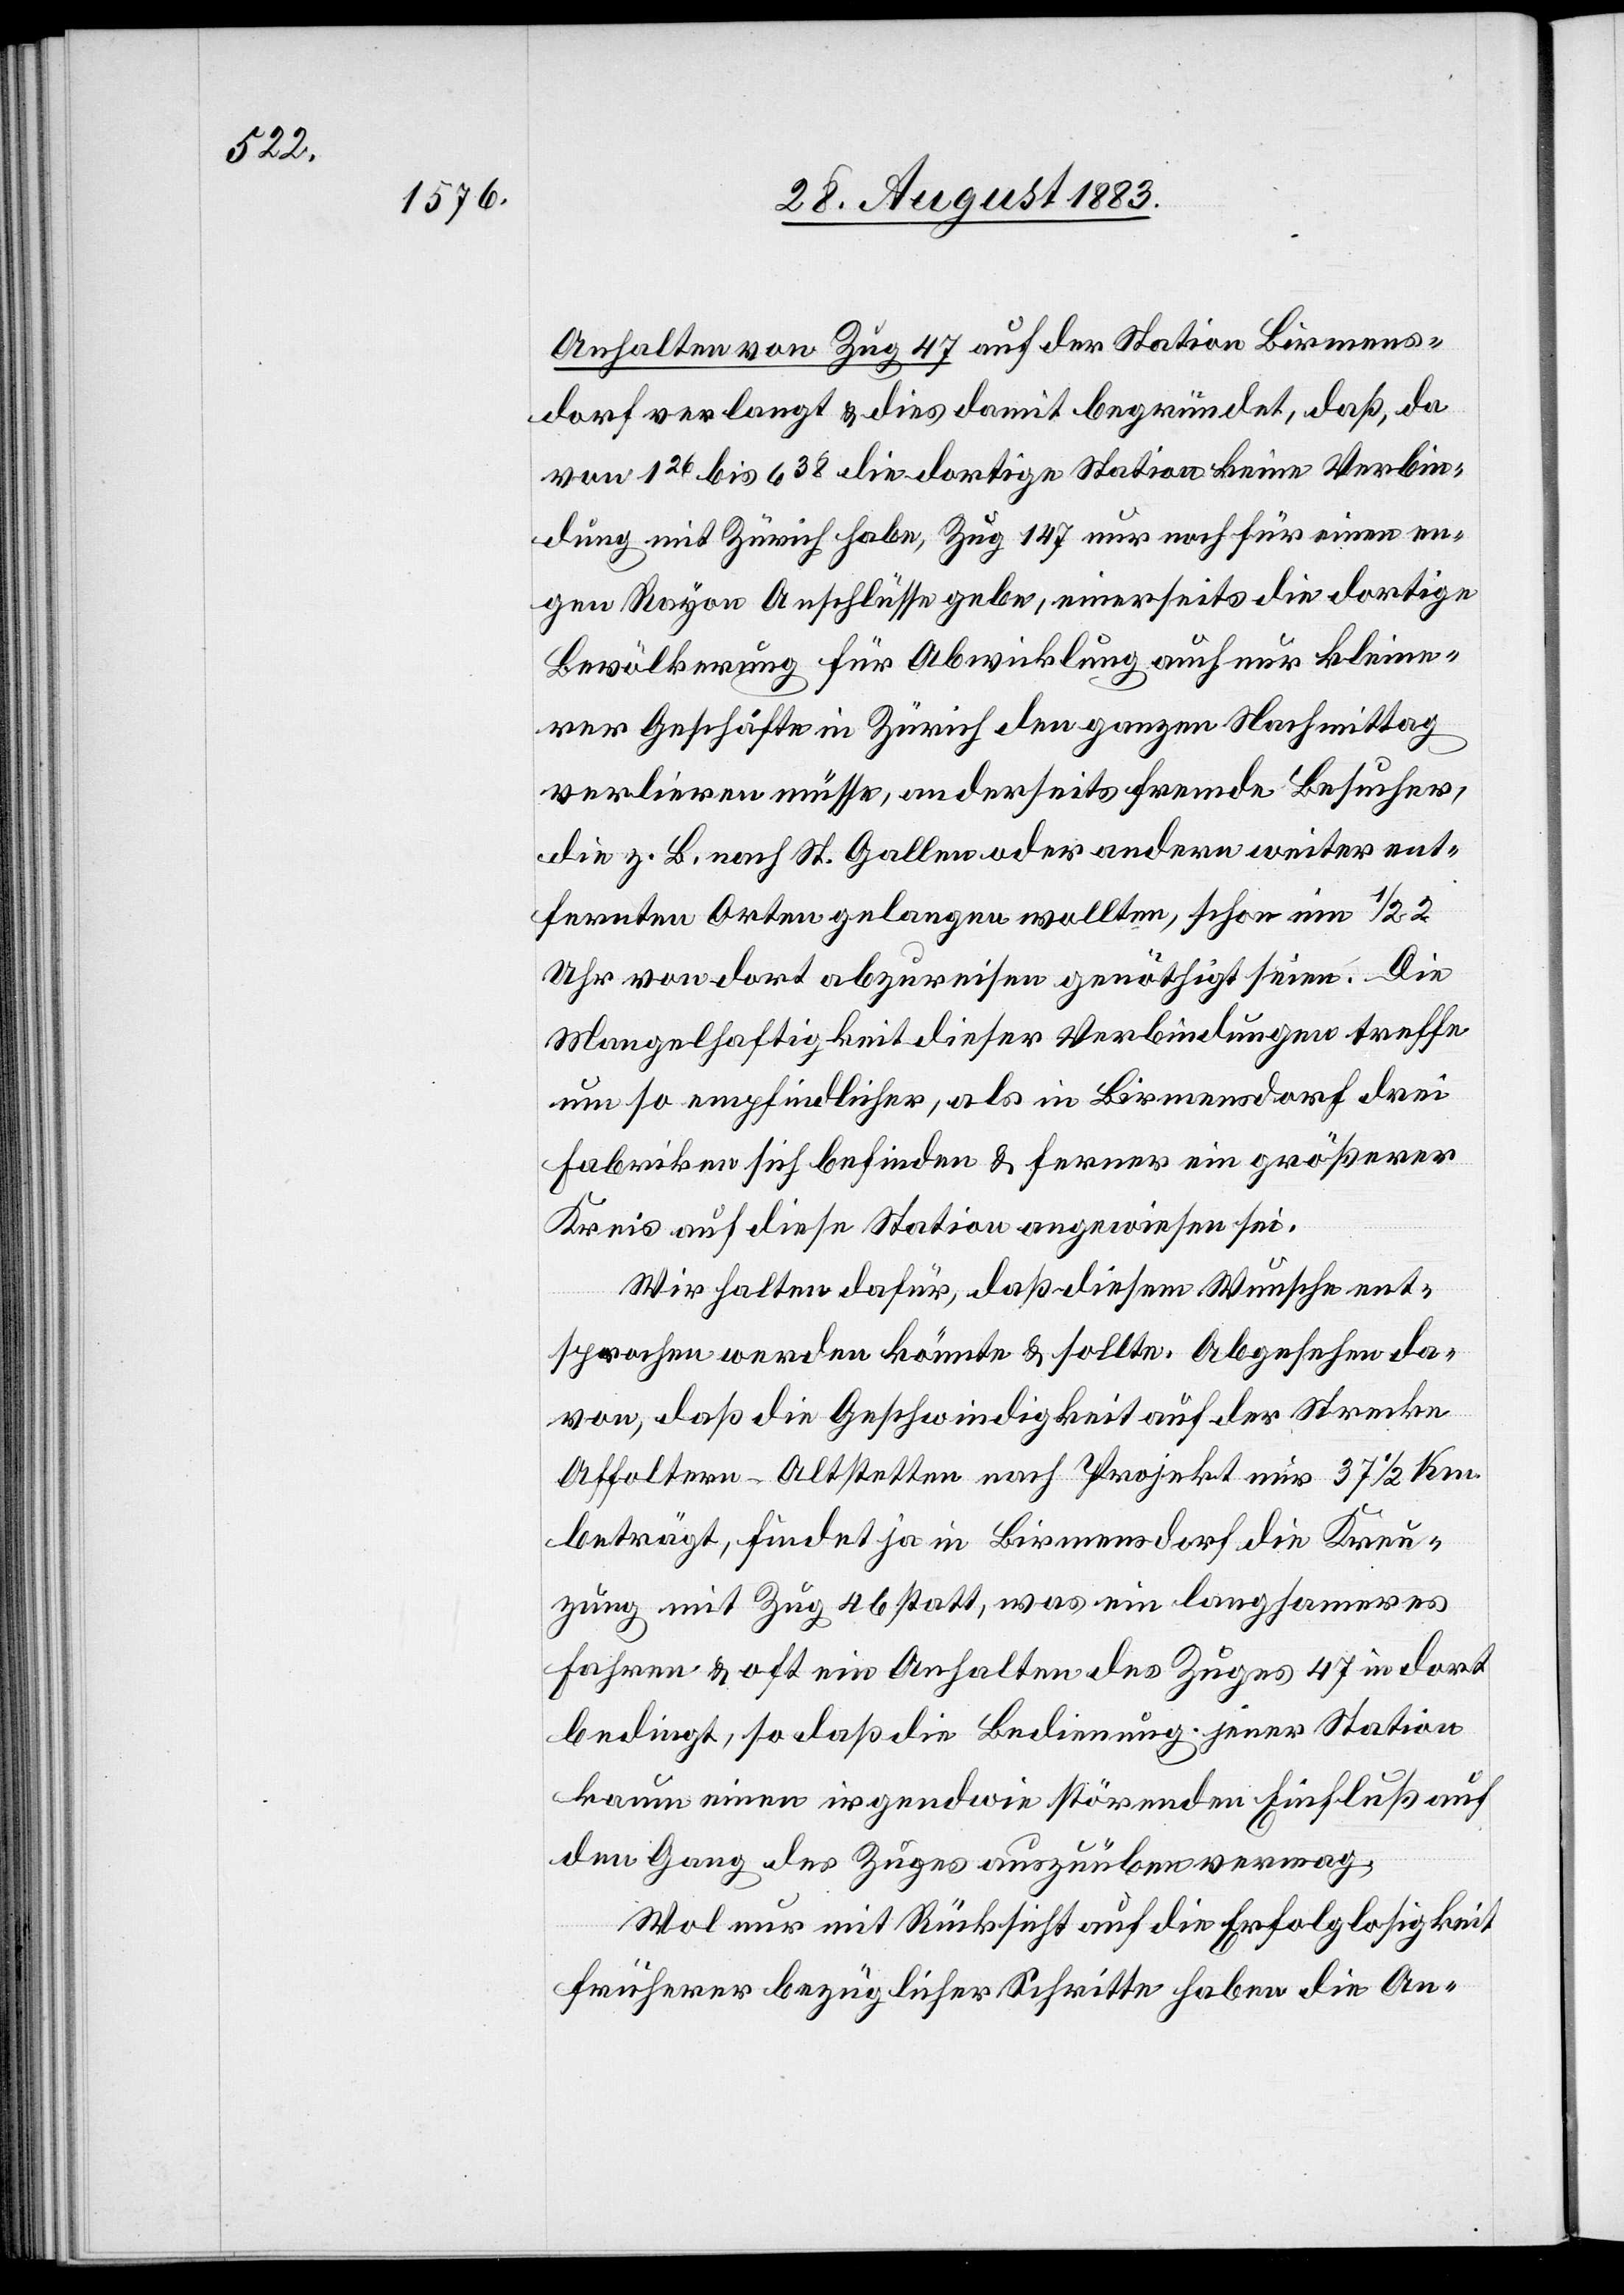
Anhalten von Zug 47 auf der Station Birmens¬
dorf verlangt & dies damit begründet, daß, da
von 126 bis 638 die dortige Station keine Verbin¬
dung mit Zürich habe, Zug 147 [sic!] nur noch für einen en¬
gen Rayon Anschlüsse gebe, einerseits die dortige
Bevölkerung für Abwicklung auch nur kleine¬
rer Geschäfte in Zürich den ganzen Nachmittag
verlieren müsse, anderseits fremde Besucher,
die z. B. nach St. Gallen oder andern weiter ent¬
fernten Orten gelangen wollten, schon um 1/2 2
Uhr von dort abzureisen genöthigt seien. Die
Mangelhaftigkeit dieser Verbindungen treffe
um so empfindlicher, als in Birmensdorf drei
Fabriken sich befinden & ferner ein größerer
Kreis auf diese Station angewiesen sei.
Wir halten dafür, daß diesem Wunsche ent¬
sprochen werden könnte & sollte. Abgesehen da¬
von, daß die Geschwindigkeit auf der Strecke
Affoltern–Altstetten nach Projekt nur 37 1/2 Km.
beträgt, findet ja in Birmensdorf die Kreu¬
zung mit Zug 46 statt, was ein langsameres
Fahren & oft ein Anhalten des Zuges 47 in dort
bedingt, so daß die Bedienung jener Station
kaum einen irgendwie störenden Einfluß auf
den Gang des Zuges auszuüben vermag.
Wol nur mit Rücksicht auf die Erfolglosigkeit
früherer bezüglicher Schritte haben die An-